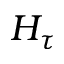
H _ { \tau }